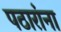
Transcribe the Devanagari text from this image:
पठारांना